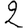
Digit: 2